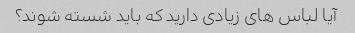
آیا لباس های زیادی دارید که باید شسته شوند؟